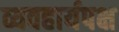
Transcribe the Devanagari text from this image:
व्यवहार्यपक्ष